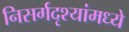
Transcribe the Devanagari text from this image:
निसर्गदृश्यांमध्ये